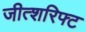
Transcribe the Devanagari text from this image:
जीत्शरिफ्ट